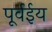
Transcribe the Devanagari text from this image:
पूर्वईय